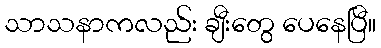
သာသနာကလည်း ချီးတွေ ပေနေပြီ။